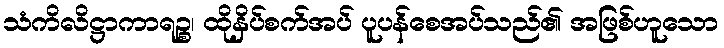
သံကိလိဋ္ဌာကာရဉ္စ၊ ထိုနှိပ်စက်အပ် ပူပန်စေအပ်သည်၏ အဖြစ်ဟူသော